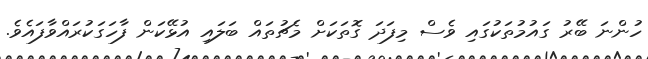
ހުންނަ ބޭރު ގައުމުތަކުގައި ވެސް މިފަދަ ގޮތަކަށް މެޗުތައް ބަލައި އުޅޭކަން ފާހަގަކުރައްވާފައެވެ.